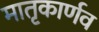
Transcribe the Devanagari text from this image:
मातृकार्णव